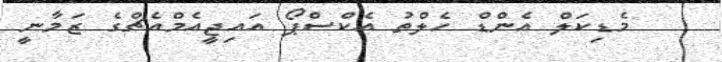
މެޑިކަލް އެންޑް ހެލްތު އެކްސްޕޯ އައިޖީއެމްއެޗްގެ ޒަމާނީ